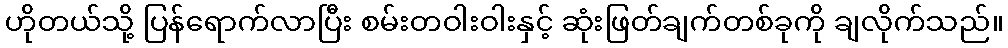
ဟိုတယ်သို့ ပြန်ရောက်လာပြီး စမ်းတဝါးဝါးနှင့် ဆုံးဖြတ်ချက်တစ်ခုကို ချလိုက်သည်။